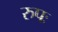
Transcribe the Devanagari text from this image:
रुपः